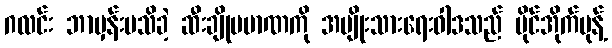
ဂလင်း ဘာမှန်းမသိခဲ့ ဆီးချိုပမာဏကို အမျိုးသားရေးဝါဒသည် မိုင်အိုက်မုန့်